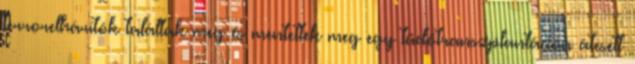
terrorelhárítók találtak meg és mentettek meg egy tüdőtranszplantáción átesett